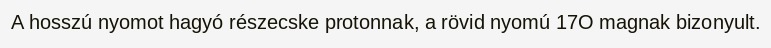
A hosszú nyomot hagyó részecske protonnak, a rövid nyomú 17O magnak bizonyult.